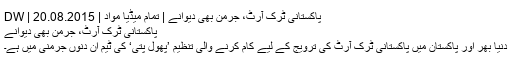
پاکستانی ٹرک آرٹ، جرمن بھی دیوانے | تمام میڈیا مواد | DW | 20.08.2015
پاکستانی ٹرک آرٹ، جرمن بھی دیوانے
دنیا بھر اور پاکستان میں پاکستانی ٹرک آرٹ کی ترویج کے لیے کام کرنے والی تنظیم ’پھول پتی‘ کی ٹیم ان دنوں جرمنی میں ہے۔